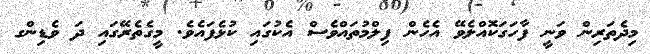
މިދެތަރިން ވަނީ ފާހަގަކޮއްލެވޭ އެހެން ފިލްމުތައްވެސް އެކުގައި ކުޅެފައެވެ. މީގެތެރޭގައި ދަ ވެޑިންގ